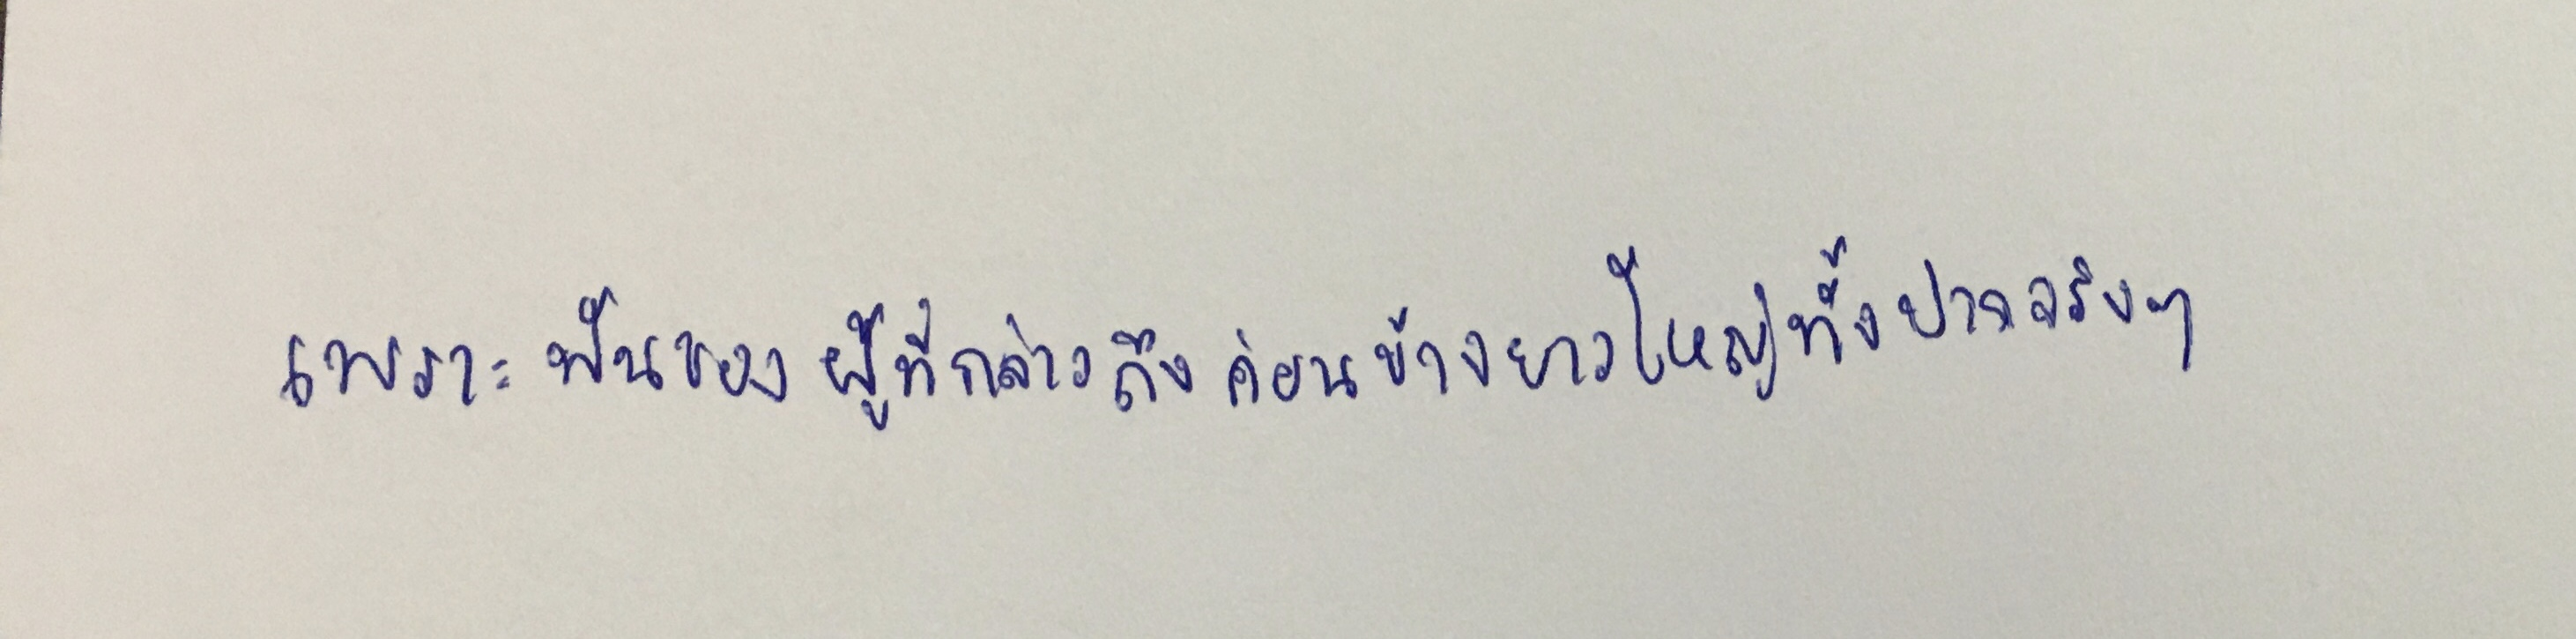
เพราะฟันของผู้ที่กล่าวถึงค่อนข้างยาวใหญ่ทั้งปากจริงๆ